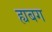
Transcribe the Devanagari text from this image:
ह्यबग